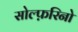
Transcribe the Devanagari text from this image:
सोल्फ़रिनो